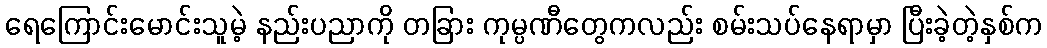
ရေကြောင်းမောင်းသူမဲ့ နည်းပညာကို တခြား ကုမ္ပဏီတွေကလည်း စမ်းသပ်နေရာမှာ ပြီးခဲ့တဲ့နှစ်က